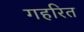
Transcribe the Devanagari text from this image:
गहरित